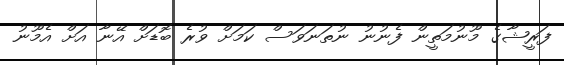
ފަރީޝާގެ މޫނުމަތީން ފެނުނު ނުތަނަވަސް ކަމަށް ވުރެ ބޮޑަށް އޭނާ އަށް އެމޫނު